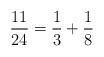
LaTeX: \begin{align*}\frac{11}{24} = \frac{1}{3} + \frac{1}{8}\end{align*}